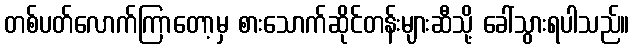
တစ်ပတ်လောက်ကြာတော့မှ စားသောက်ဆိုင်တန်းများဆီသို့ ခေါ်သွားရပါသည်။